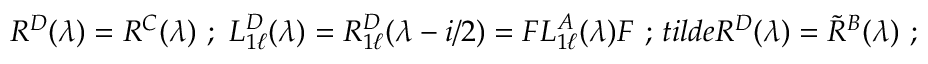
R ^ { D } ( \lambda ) = R ^ { C } ( \lambda ) \ ; \ L _ { 1 \ell } ^ { D } ( \lambda ) = R _ { 1 \ell } ^ { D } ( \lambda - i / 2 ) = F L _ { 1 \ell } ^ { A } ( \lambda ) F \ ; \, t i l d e { R } ^ { D } ( \lambda ) = \tilde { R } ^ { B } ( \lambda ) \ ;